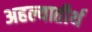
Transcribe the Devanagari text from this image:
अहल्यातीर्थ